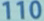
110